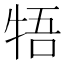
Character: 牾